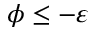
\phi \leq - \varepsilon